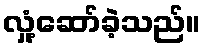
လှုံ့ဆော်ခဲ့သည်။